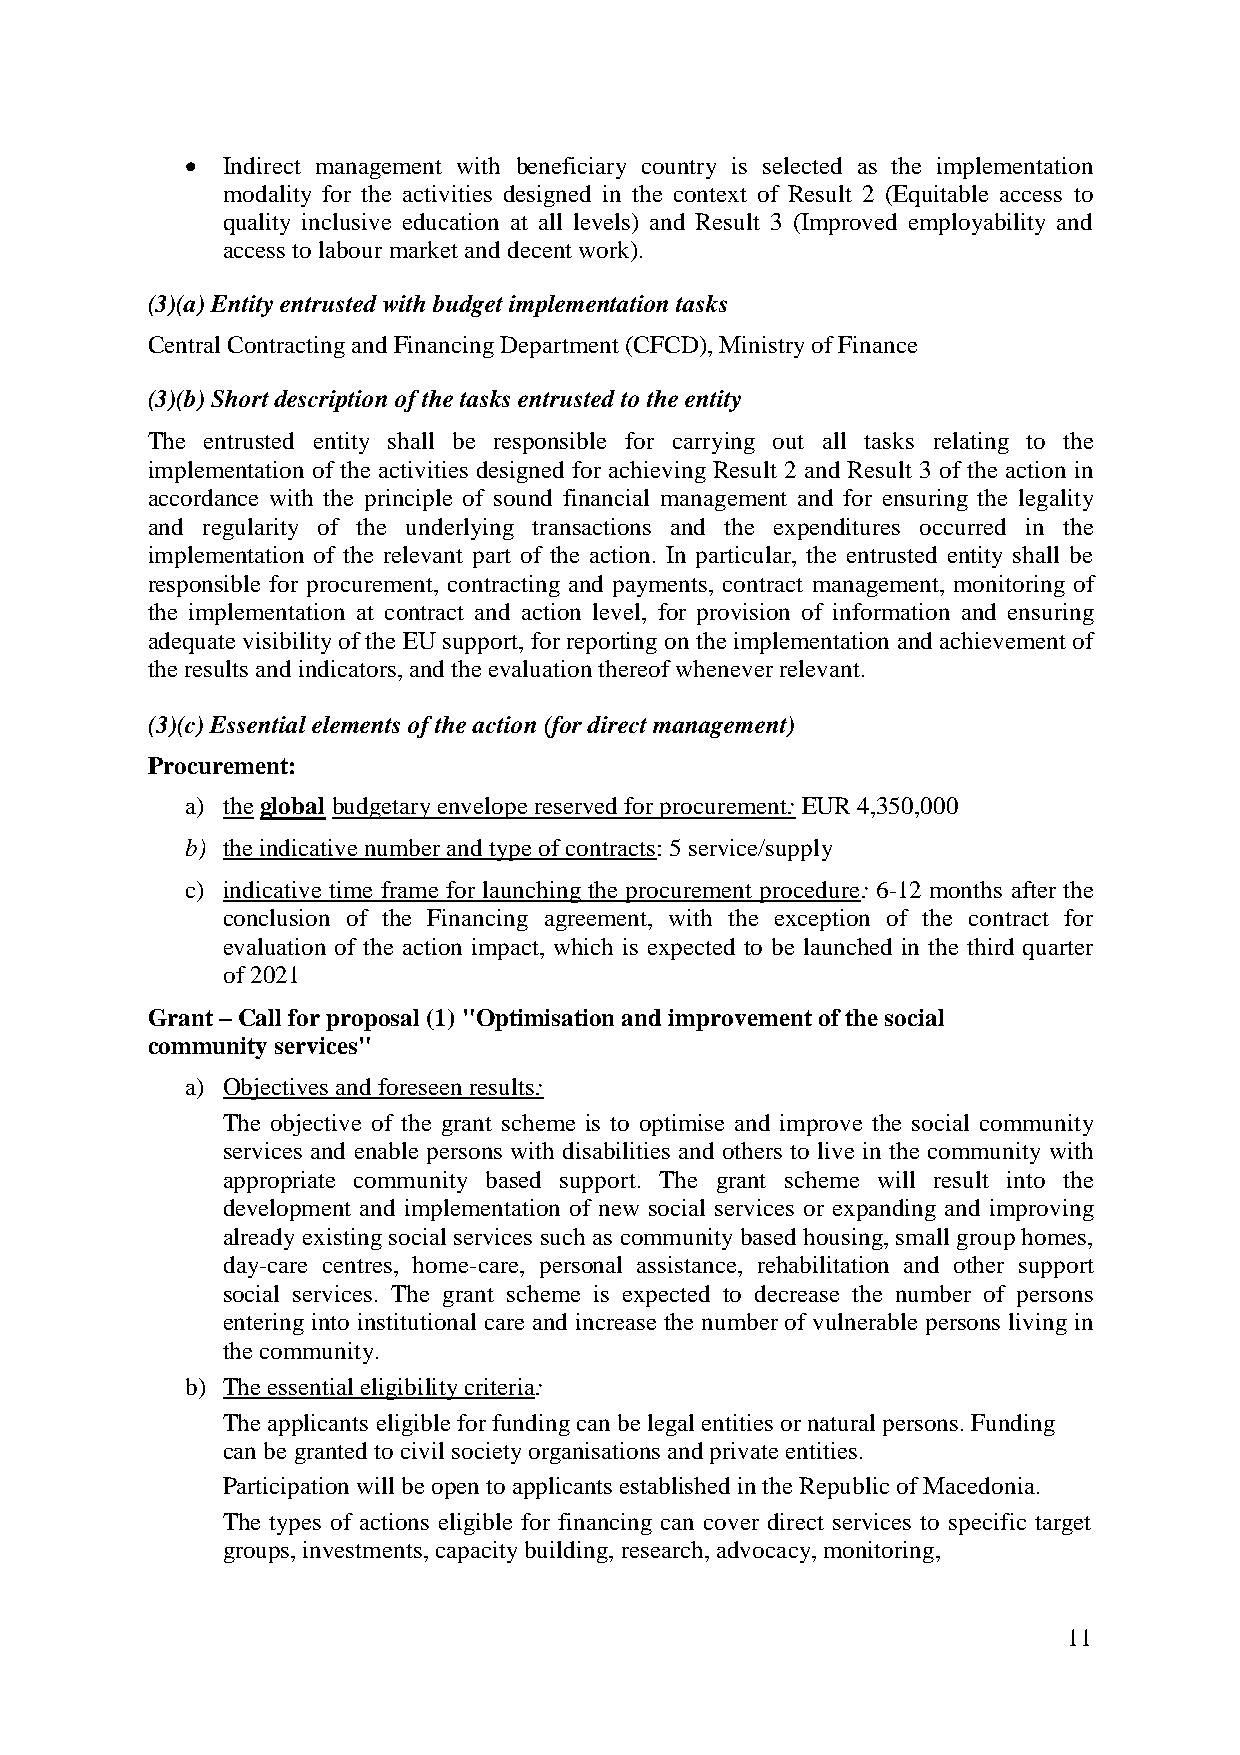
  Indirect management with beneficiary country is selected as the implementation
 modality for the activities designed in the context of Result 2 (Equitable access to
 quality inclusive education at all levels) and Result 3 (Improved employability and
 access to labour market and decent work).
 (3)(a) Entity entrusted with budget implementation tasks
 Central Contracting and Financing Department (CFCD), Ministry of Finance
 (3)(b) Short description of the tasks entrusted to the entity
 The entrusted entity shall be responsible for carrying out all tasks relating to the
 implementation of the activities designed for achieving Result 2 and Result 3 of the action in
 accordance with the principle of sound financial management and for ensuring the legality
 and regularity of the underlying transactions and the expenditures occurred in the
 implementation of the relevant part of the action. In particular, the entrusted entity shall be
 responsible for procurement, contracting and payments, contract management, monitoring of
 the implementation at contract and action level, for provision of information and ensuring
 adequate visibility of the EU support, for reporting on the implementation and achievement of
 the results and indicators, and the evaluation thereof whenever relevant.
 (3)(c) Essential elements of the action (for direct management)
 Procurement:
 a) the global budgetary envelope reserved for procurement: EUR 4,350,000
 b) the indicative number and type of contracts: 5 service/supply
 c) indicative time frame for launching the procurement procedure: 6-12 months after the
 conclusion of the Financing agreement, with the exception of the contract for
 evaluation of the action impact, which is expected to be launched in the third quarter
 of 2021
 Grant – Call for proposal (1) "Optimisation and improvement of the social
 community services"
 a) Objectives and foreseen results:
 The objective of the grant scheme is to optimise and improve the social community
 services and enable persons with disabilities and others to live in the community with
 appropriate community based support. The grant scheme will result into the
 development and implementation of new social services or expanding and improving
 already existing social services such as community based housing, small group homes,
 day-care centres, home-care, personal assistance, rehabilitation and other support
 social services. The grant scheme is expected to decrease the number of persons
 entering into institutional care and increase the number of vulnerable persons living in
 the community.
 b) The essential eligibility criteria:
 The applicants eligible for funding can be legal entities or natural persons. Funding
 can be granted to civil society organisations and private entities.
 Participation will be open to applicants established in the Republic of Macedonia.
 The types of actions eligible for financing can cover direct services to specific target
 groups, investments, capacity building, research, advocacy, monitoring,
 11